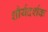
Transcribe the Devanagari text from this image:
शौर्यदर्शक